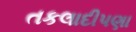
તકલાદીપણા